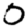
Digit: 0